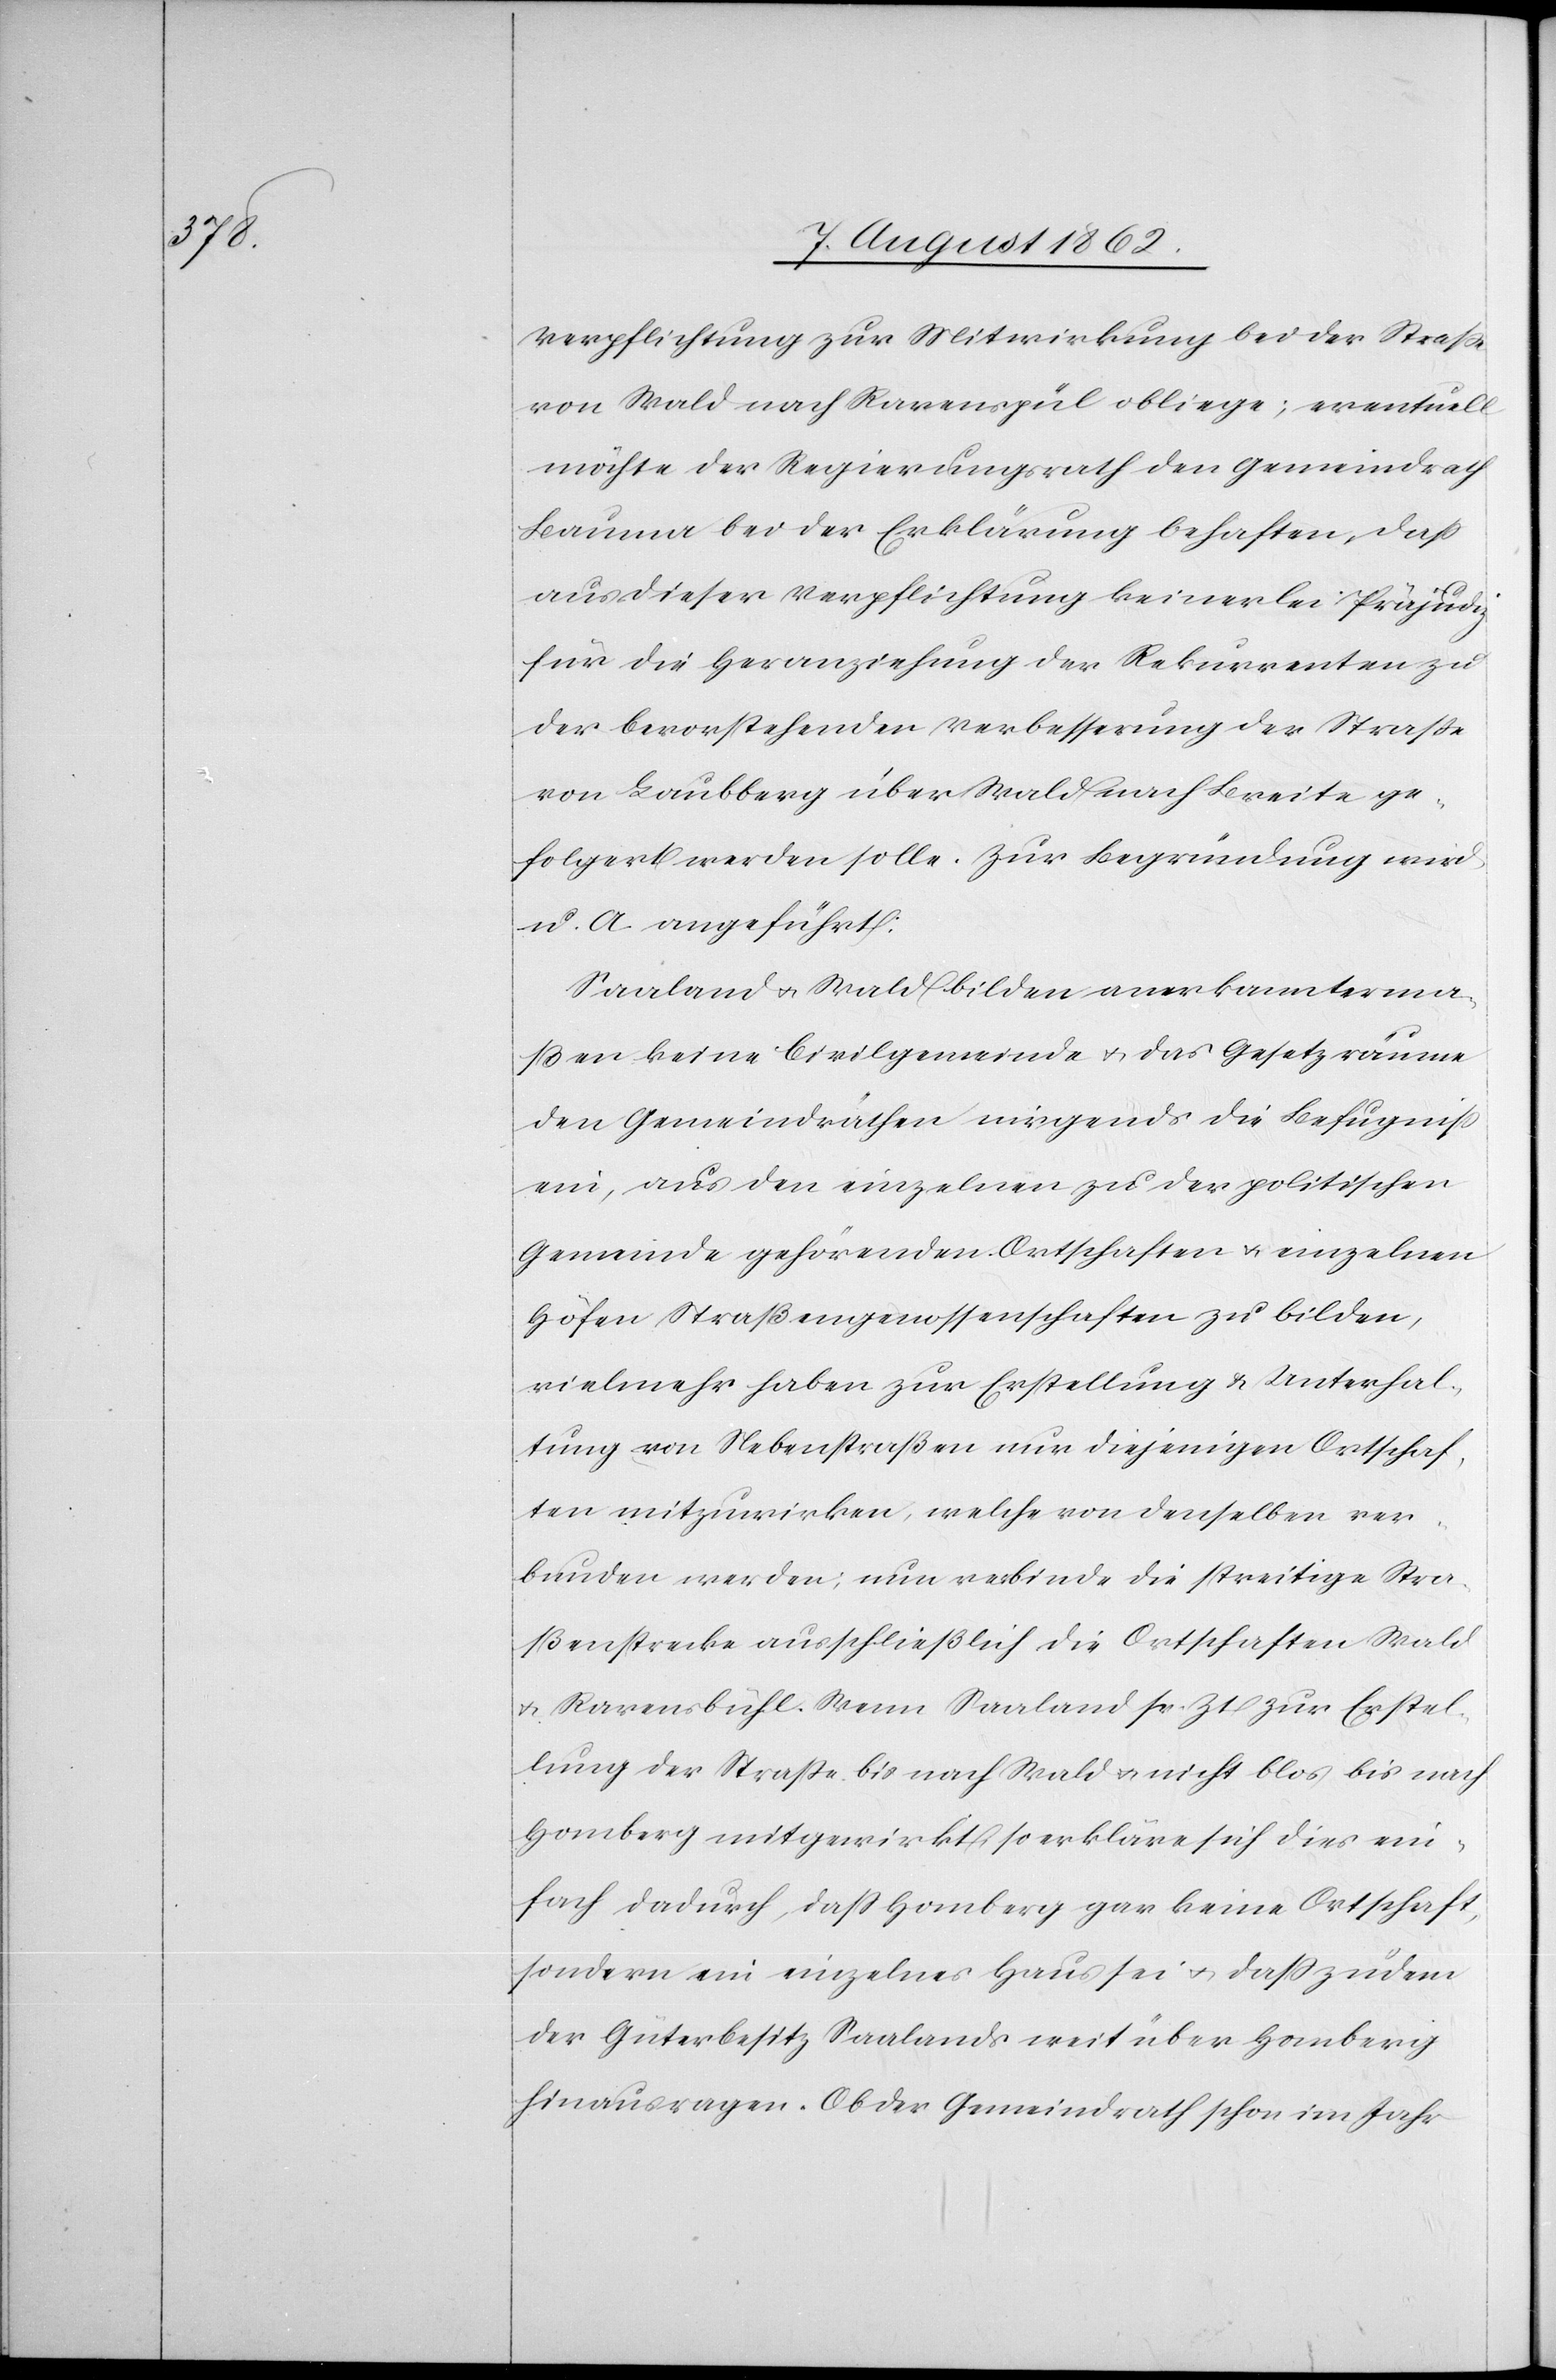
Verpflichtung zur Mitwirkung bei der Straße
von Wald nach Ravenspül obliege; eventuell
möchte der Regierungsrath den Gemeindrath
Bauma bei der Erklärung behaften, daß
aus dieser Verpflichtung keinerlei Präjudiz
für die Heranziehung der Rekurrenten zu
der bevorstehenden Verbesserung der Straße
von Laubberg über Wald nach Breite ge¬
folgert werden solle. Zur Begründung wird
u. A. angeführt:
Saaland u. Wald bilden anerkannterma¬
ßen keine Civilgemeinde u. das Gesetz räume
den Gemeindräthe nirgends die Befugniß
ein, aus den einzelnen zu der politischen
Gemeinde gehörenden Ortschaften u. einzelnen
Höfen Straßengenossenschaften zu bilden,
vielmehr haben zur Erstellung u. Unterhal¬
tung von Nebenstraßen nur diejenigen Ortschaf¬
ten mitzuwirken, welche von denselben ver¬
bunden werden; nun verbinde die streitige Stra¬
ßenstrecke ausschließlich die Ortschaften Wald
u. Ravensbühl [sic!]. Wenn Saaland sr. Zt. zur Erstel¬
lung der Straße bis nach Wald u. nicht blos bis nach
Homberg mitgewirkt, so erkläre sich dies ein¬
fach dadurch, daß Homberg gar keine Ortschaft,
sondern ein einzelnes Haus sei u. daß zudem
der Güterbesitz Saalands weit über Homberg
hinausragen. Ob der Gemeindrath schon im Jahr